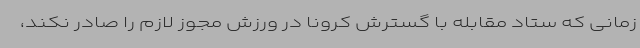
زمانی که ستاد مقابله با گسترش کرونا در ورزش مجوز لازم را صادر نکند،